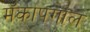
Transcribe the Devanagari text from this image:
मॅकापगाल